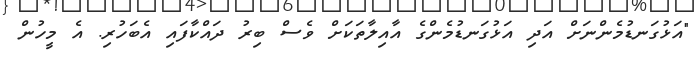
"އަޅުގަނޑުމެންނަށް އަދި އަޅުގަނޑުމެންގެ އާއިލާތަކަށް ވެސް ބިރު ދައްކާފައި އެބަހުރި. އެ މީހުން